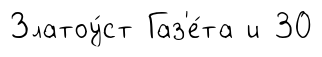
Златоу́ст Газ'е́та и 30